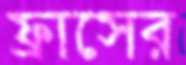
ফ্রাসের